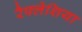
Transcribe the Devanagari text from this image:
रैफ्लेशिया